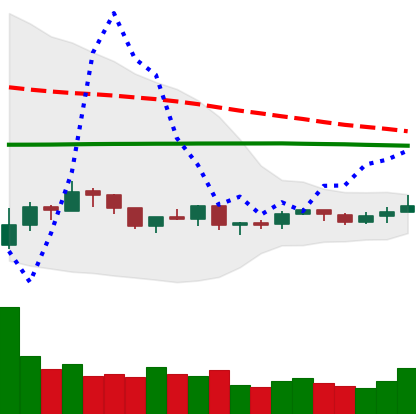
Ticker: XRP-USD
Chart end date: 2019-08-05
Forward return: -7.678%
Label: down_7plus